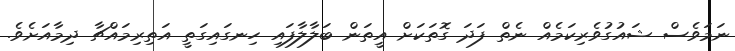
ނަމަވެސް ޝައުގުވެރިކަމެއް ނެތް ފަދަ ގޮތަކަށް އީތަން ބަލާލާފައި ހިނގައިގަތީ އަތިރިމައްޗާ ދިމާއަށެވެ.